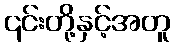
၎င်းတို့နှင့်အတူ